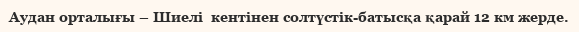
Аудан орталығы – Шиелі  кентінен солтүстік-батысқа қарай 12 км жерде.